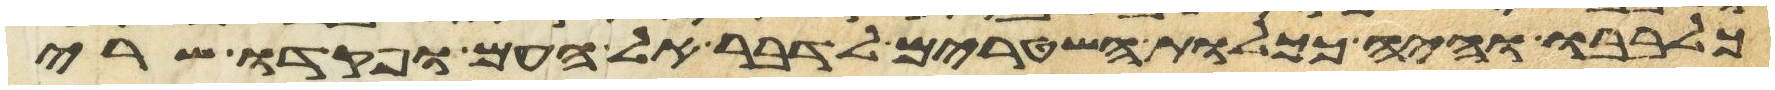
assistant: כלבבו והיה ככלות השטרים לדבר אל העם ופקדו שרי